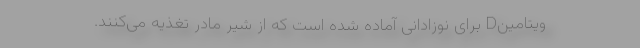
ویتامینD برای نوزادانی آماده شده است که از شیر مادر تغذیه می‌کنند.